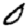
Digit: 0